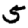
Digit: 5